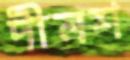
দীনশ